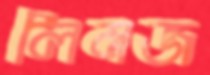
লিনজ